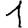
Digit: 1